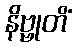
နိဗ္ဗုတိံ